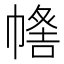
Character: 𢄰